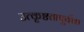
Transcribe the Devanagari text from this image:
उत्कृष्टतापूर्वक